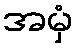
အမှံ